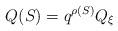
LaTeX: \begin{align*} Q(S)=q^{\rho(S)} Q_\xi \end{align*}